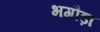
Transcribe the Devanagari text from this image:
भगौड़ा